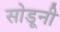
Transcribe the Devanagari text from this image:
सोडूनी